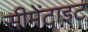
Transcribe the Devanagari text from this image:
सीमेंटाइट